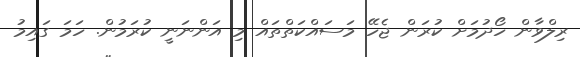
ރިލްވާން ހޯދުމަށް ކުރަން ޖެހޭ މަސައްކަތްތައް މި އަންނަނީ ކުރަމުން. ހަމަ ގައިމު